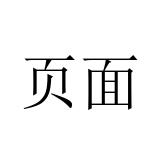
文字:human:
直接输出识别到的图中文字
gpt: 页面